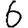
Digit: 6